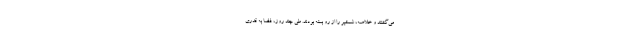
می‌گشتند و خلاصه، شمشیر را از رو بسته بودند. طی چند روز، فضا به قدری